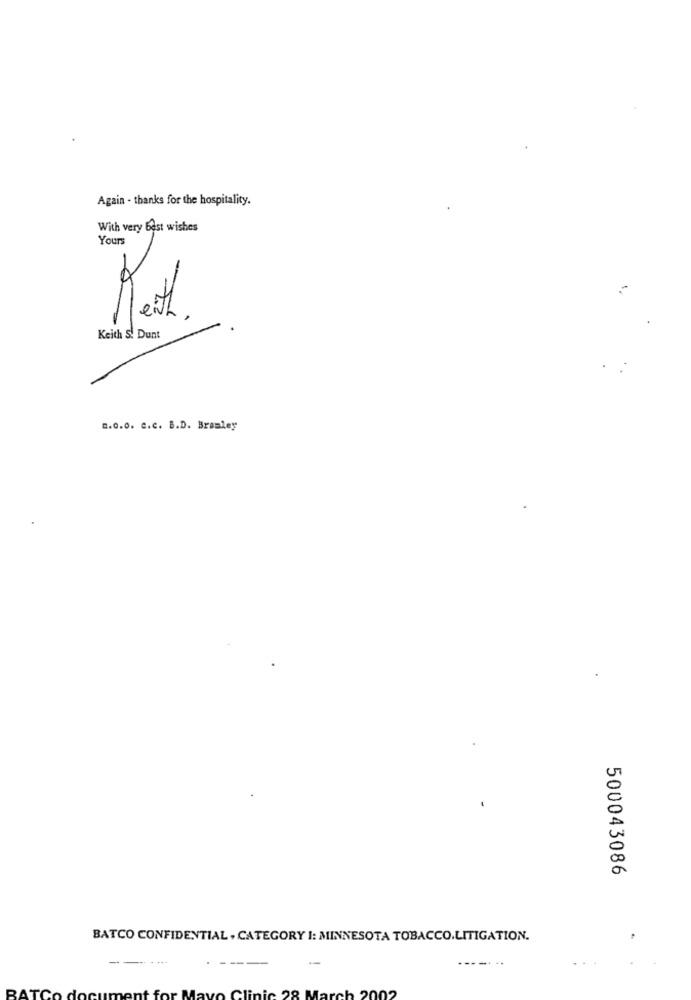
Again - thanks for the hospitality.
With very Best wishes
Yours
Keith S. Dunt
2.0.0. c.c. B.D. Bramley
500043086
BATCO CONFIDENTIAL , CATEGORY I: MINNESOTA TOBACCO.LITIGATION.
----
-
----. ..
2002
BATCo docu
Clinic
29